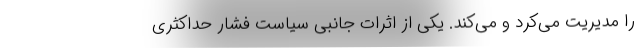
را مدیریت می‌کرد و می‌کند. یکی از اثراتِ جانبی سیاست فشارِ حداکثری